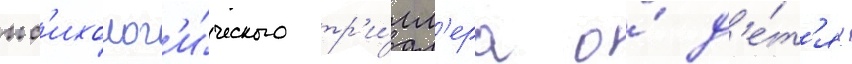
пс'ихолог'и́ческого тр'и́лл'ера о́ д'е́т'ях